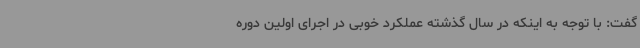
گفت: با توجه به اینکه در سال گذشته عملکرد خوبی در اجرای اولین دوره